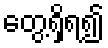
တွေ့ရှိရ၍